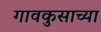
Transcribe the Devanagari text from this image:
गावकुसाच्या